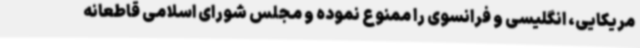
مریکایی، انگلیسی و فرانسوی را ممنوع نموده و مجلس شورای اسلامی قاطعانه